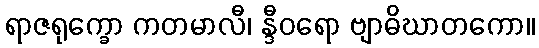
ရာဇရုက္ခော ကတမာလီ၊ န္ဒီဝရော ဗျာဓိဃာတကော။